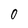
Character: 0